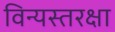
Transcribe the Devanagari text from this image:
विन्यस्तरक्षा